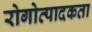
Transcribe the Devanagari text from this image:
रोगोत्पादकता